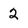
Character: 2